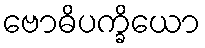
ဗောဓိပက္ခိယော